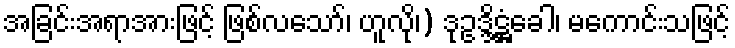
အခြင်းအရာအားဖြင့် ဖြစ်လသော်၊ ဟူလို၊) ဒုဥဒ္ဒိဋ္ဌံခေါ၊ မကောင်းသဖြင့်